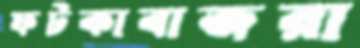
ফটকাবাজরা